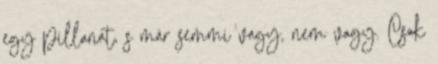
egy pillanat, s már semmi vagy, nem vagy. Csak